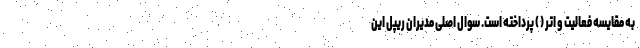
به مقایسه فعالیت و اتر ( ) پرداخته است. سوال اصلی مدیران ریپل این